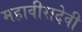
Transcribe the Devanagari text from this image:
महावीरादेवी